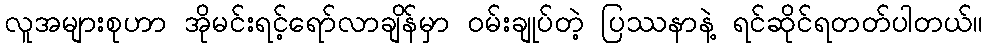
လူအများစုဟာ အိုမင်းရင့်ရော်လာချိန်မှာ ဝမ်းချုပ်တဲ့ ပြဿနာနဲ့ ရင်ဆိုင်ရတတ်ပါတယ်။